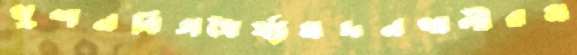
খুশনবিসধৈর্য্যমদনখালীরম